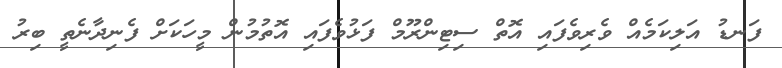
ފަނޑު އަލިކަމެއް ވެރިވެފައި އޮތް ސިޓިންރޫމް ފަޅުވެފައި އޮތުމުން މީހަކަށް ފެނިދާނެތީ ބިރު